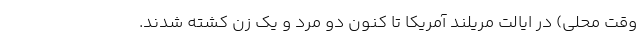
وقت محلی) در ایالت مریلند آمریکا تا کنون دو مرد و یک زن کشته شدند.